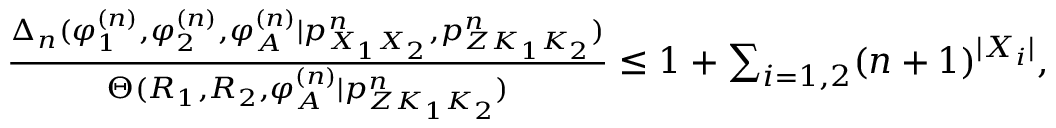
\begin{array} { r l } & { \frac { \Delta _ { n } ( \varphi _ { 1 } ^ { ( n ) } , \varphi _ { 2 } ^ { ( n ) } , \varphi _ { \cal A } ^ { ( n ) } | p _ { X _ { 1 } X _ { 2 } } ^ { n } , { p _ { Z K _ { 1 } K _ { 2 } } ^ { n } } ) } { { \Theta ( R _ { 1 } , R _ { 2 } , \varphi _ { \cal A } ^ { ( n ) } | { p _ { Z K _ { 1 } K _ { 2 } } ^ { n } } ) } } \leq 1 + \sum _ { i = 1 , 2 } ( n + 1 ) ^ { | { \cal X } _ { i } | } , } \end{array}